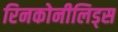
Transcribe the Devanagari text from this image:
रिनकोनीलिड्स